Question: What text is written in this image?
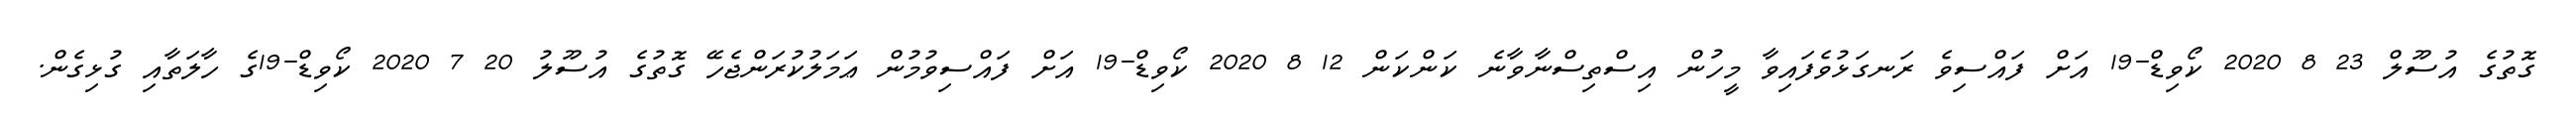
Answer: ގޮތުގެ އުސޫލް 23 8 2020 ކޯވިޑް-19 އަށް ފައްސިވެ ރަނގަޅުވެފައިވާ މީހުން އިސްތިސްނާވާނެ ކަންކަން 12 8 2020 ކޯވިޑް-19 އަށް ފައްސިވުމުން ޢަމަލުކުރަންޖެހޭ ގޮތުގެ އުސޫލު 20 7 2020 ކޯވިޑް-19ގެ ހާލަތާއި ގުޅިގެން.